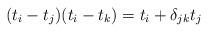
LaTeX: \begin{align*}(t_i - t_j)(t_i - t_k) = t_i + \delta_{jk} t_j\end{align*}